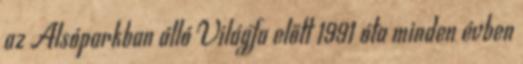
az Alsóparkban álló Világfa előtt 1991 óta minden évben